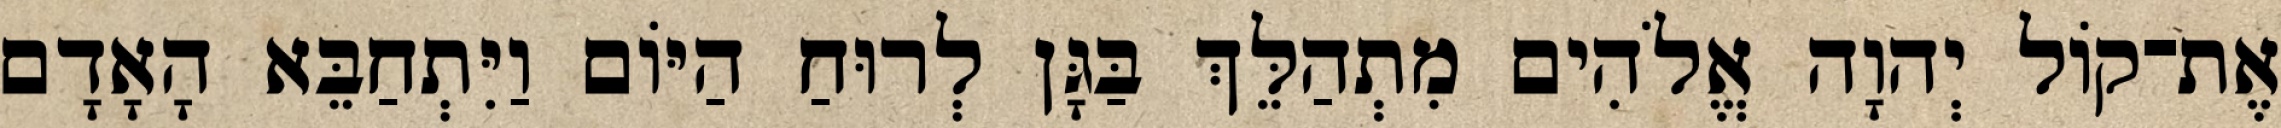
אֶת־קֹול יְהוָה אֱלֹהִים מִתְהַלֵּךְ בַּגָּן לְרוּחַ הַיֹּום וַיִּתְחַבֵּא הָאָדָם